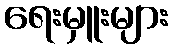
ရေးမှူးများ